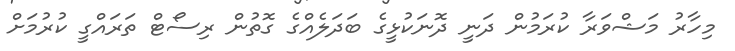
މިހާރު މަޝްވަރާ ކުރަމުން ދަނީ ދޮނަކުޅީގެ ބަދަލެއްގެ ގޮތުން ރިސޯޓް ތަރައްގީ ކުރުމަށް